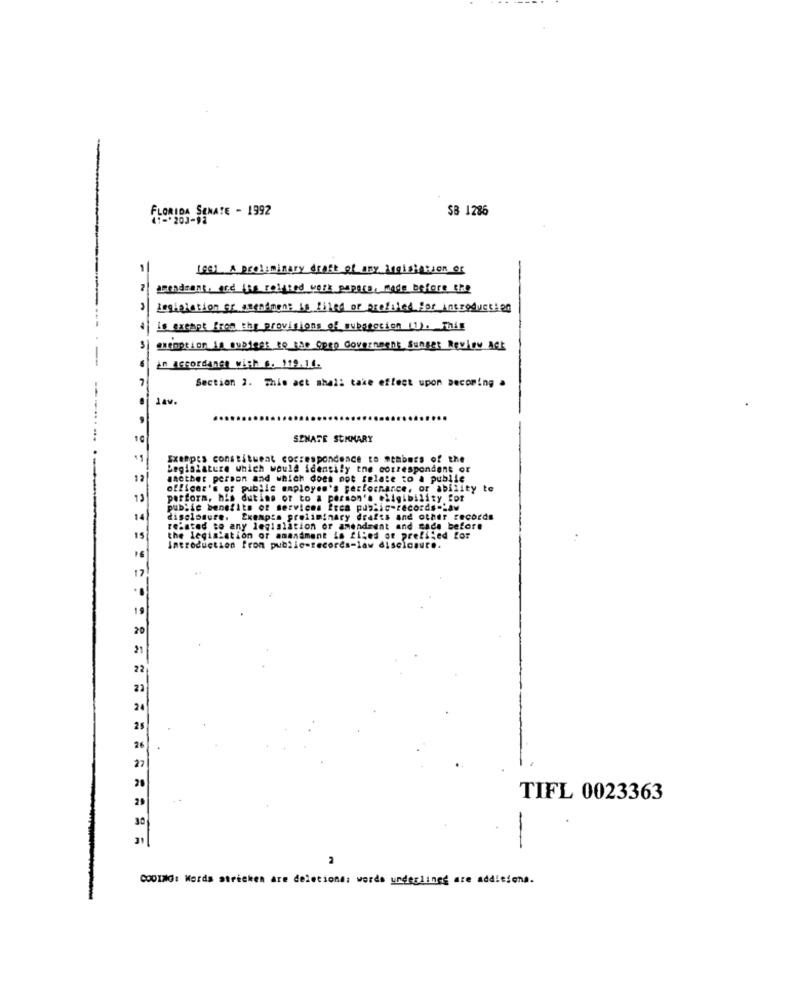
FLORIDA SENATE - 1992
SB 1286
1- 203-92
[a] A preliminary draft of any ingistation of
acondrant, and its related work papare, made before the
> Legislation or amendment is filed or profiled For Introduction
4| is exempt From the provisions of suppection (1). This
3| exemption is sublees to the Cpro Government Sunger Review act
in accordance with 6. 119.14.
Section 2. This act shall take effect upon becoming a
..
10
SENARE SUMMARY
Exempts constituent correspondence to members of the
Legislature which would identily tne correspondent or
another person and which does mot relate to a public
officer's of public employen's performance, or ability to
13
perform, his duting or to a person's eligibility for
public benefits of services frea public-records-haw
14
digelosure. Exempta preliminary drafts and other records
related to any legislation or amendment and rada before
the legislation of amandment is filed or prefile
Introduction from public-records-law disclosure.
20
21
22
23
24
TIFL 0023363
CODIN: Mords stricken are deletions: words underlined are additiona.